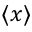
\langle x \rangle